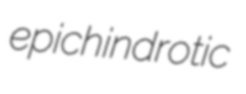
epichindrotic